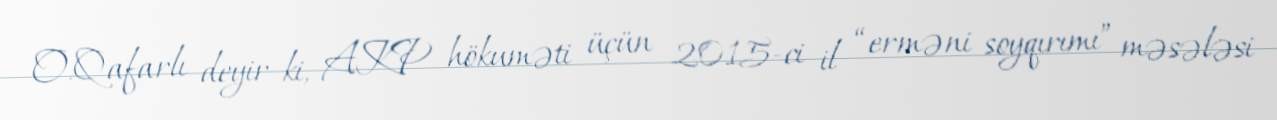
O.Qafarlı deyir ki, AKP hökuməti üçün 2015-ci il “erməni soyqırımı” məsələsi